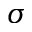
\sigma